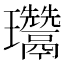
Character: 𤫨